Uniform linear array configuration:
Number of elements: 24
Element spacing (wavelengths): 1
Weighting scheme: hamming
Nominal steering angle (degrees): -30
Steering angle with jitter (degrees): -29.72
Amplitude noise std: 0.05
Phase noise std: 0.05

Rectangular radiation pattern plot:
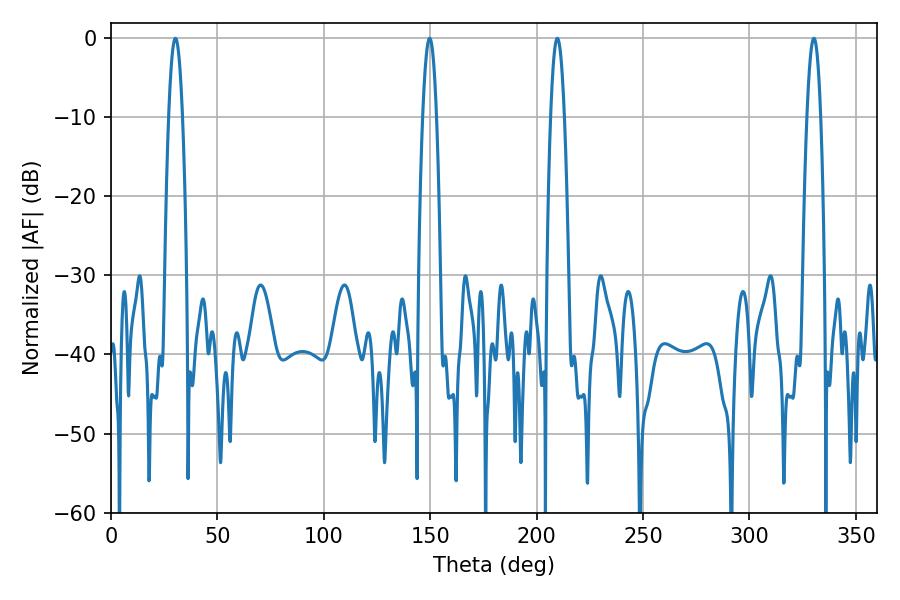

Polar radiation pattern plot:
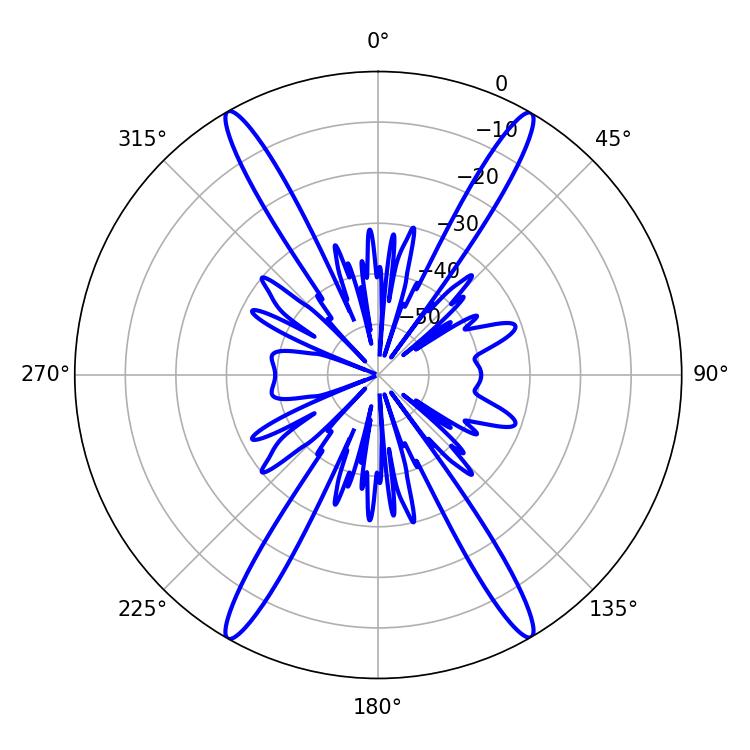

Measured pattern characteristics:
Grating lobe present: TRUE
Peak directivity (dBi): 31.287
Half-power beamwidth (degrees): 3.42
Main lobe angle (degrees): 330.3